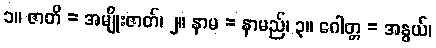
၁။ ဇာတိ = အမျိုးဇာတ်၊ ၂။ နာမ = နာမည်၊ ၃။ ဂေါတ္တ = အနွယ်၊